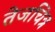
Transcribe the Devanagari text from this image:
तेजचित्र